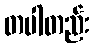
တပါတည်း